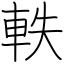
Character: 軼